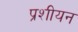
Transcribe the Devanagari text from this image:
प्रशीयन